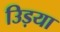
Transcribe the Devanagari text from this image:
उिड़या